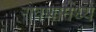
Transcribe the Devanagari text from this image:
रावणामध्ये